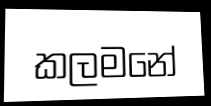
කලමනේ